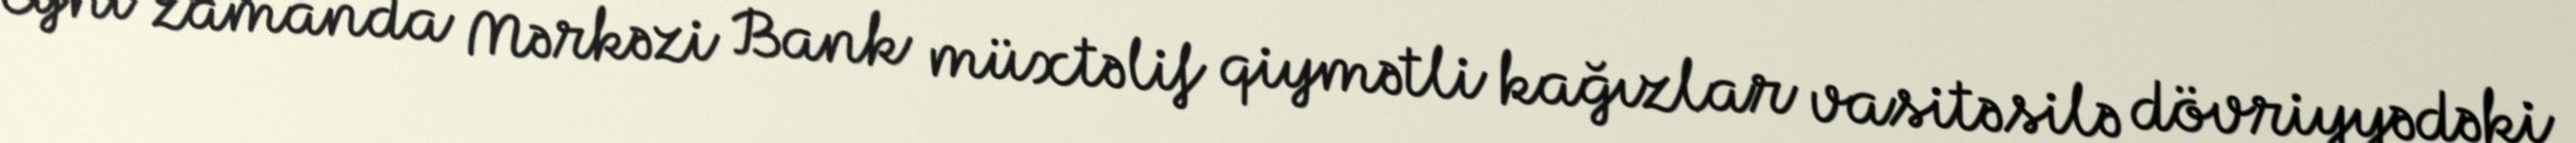
Eyni zamanda Mərkəzi Bank müxtəlif qiymətli kağızlar vasitəsilə dövriyyədəki